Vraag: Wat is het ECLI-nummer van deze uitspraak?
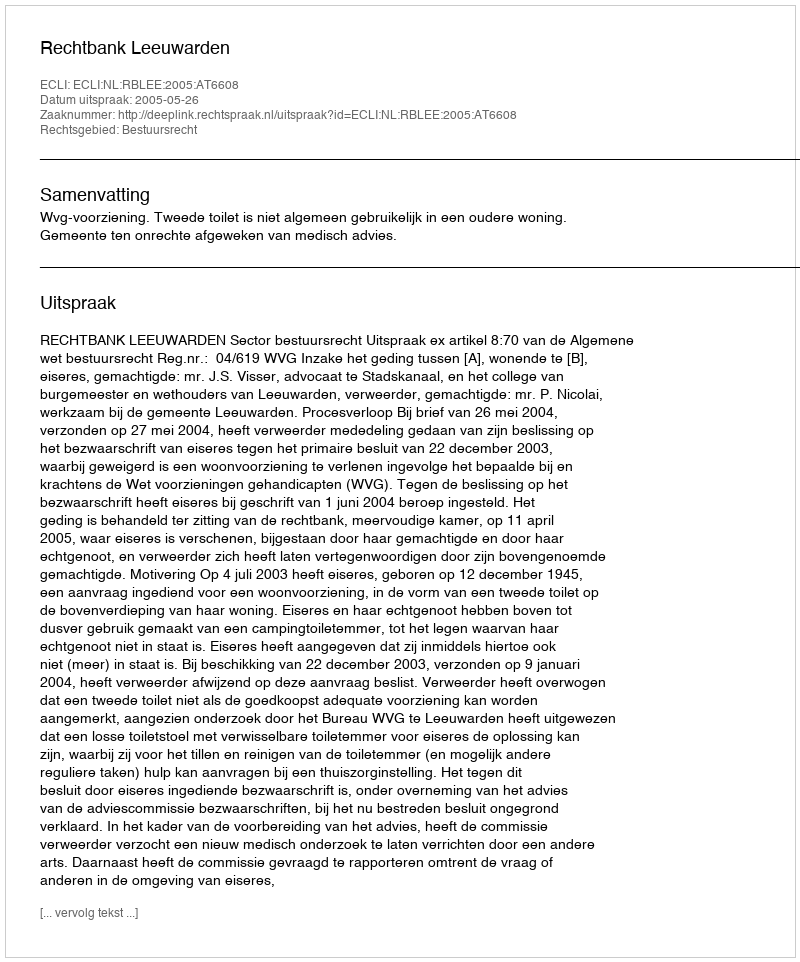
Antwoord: ECLI:NL:RBLEE:2005:AT6608